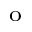
^ \mathrm { o }